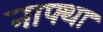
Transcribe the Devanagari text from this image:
नाफ्था